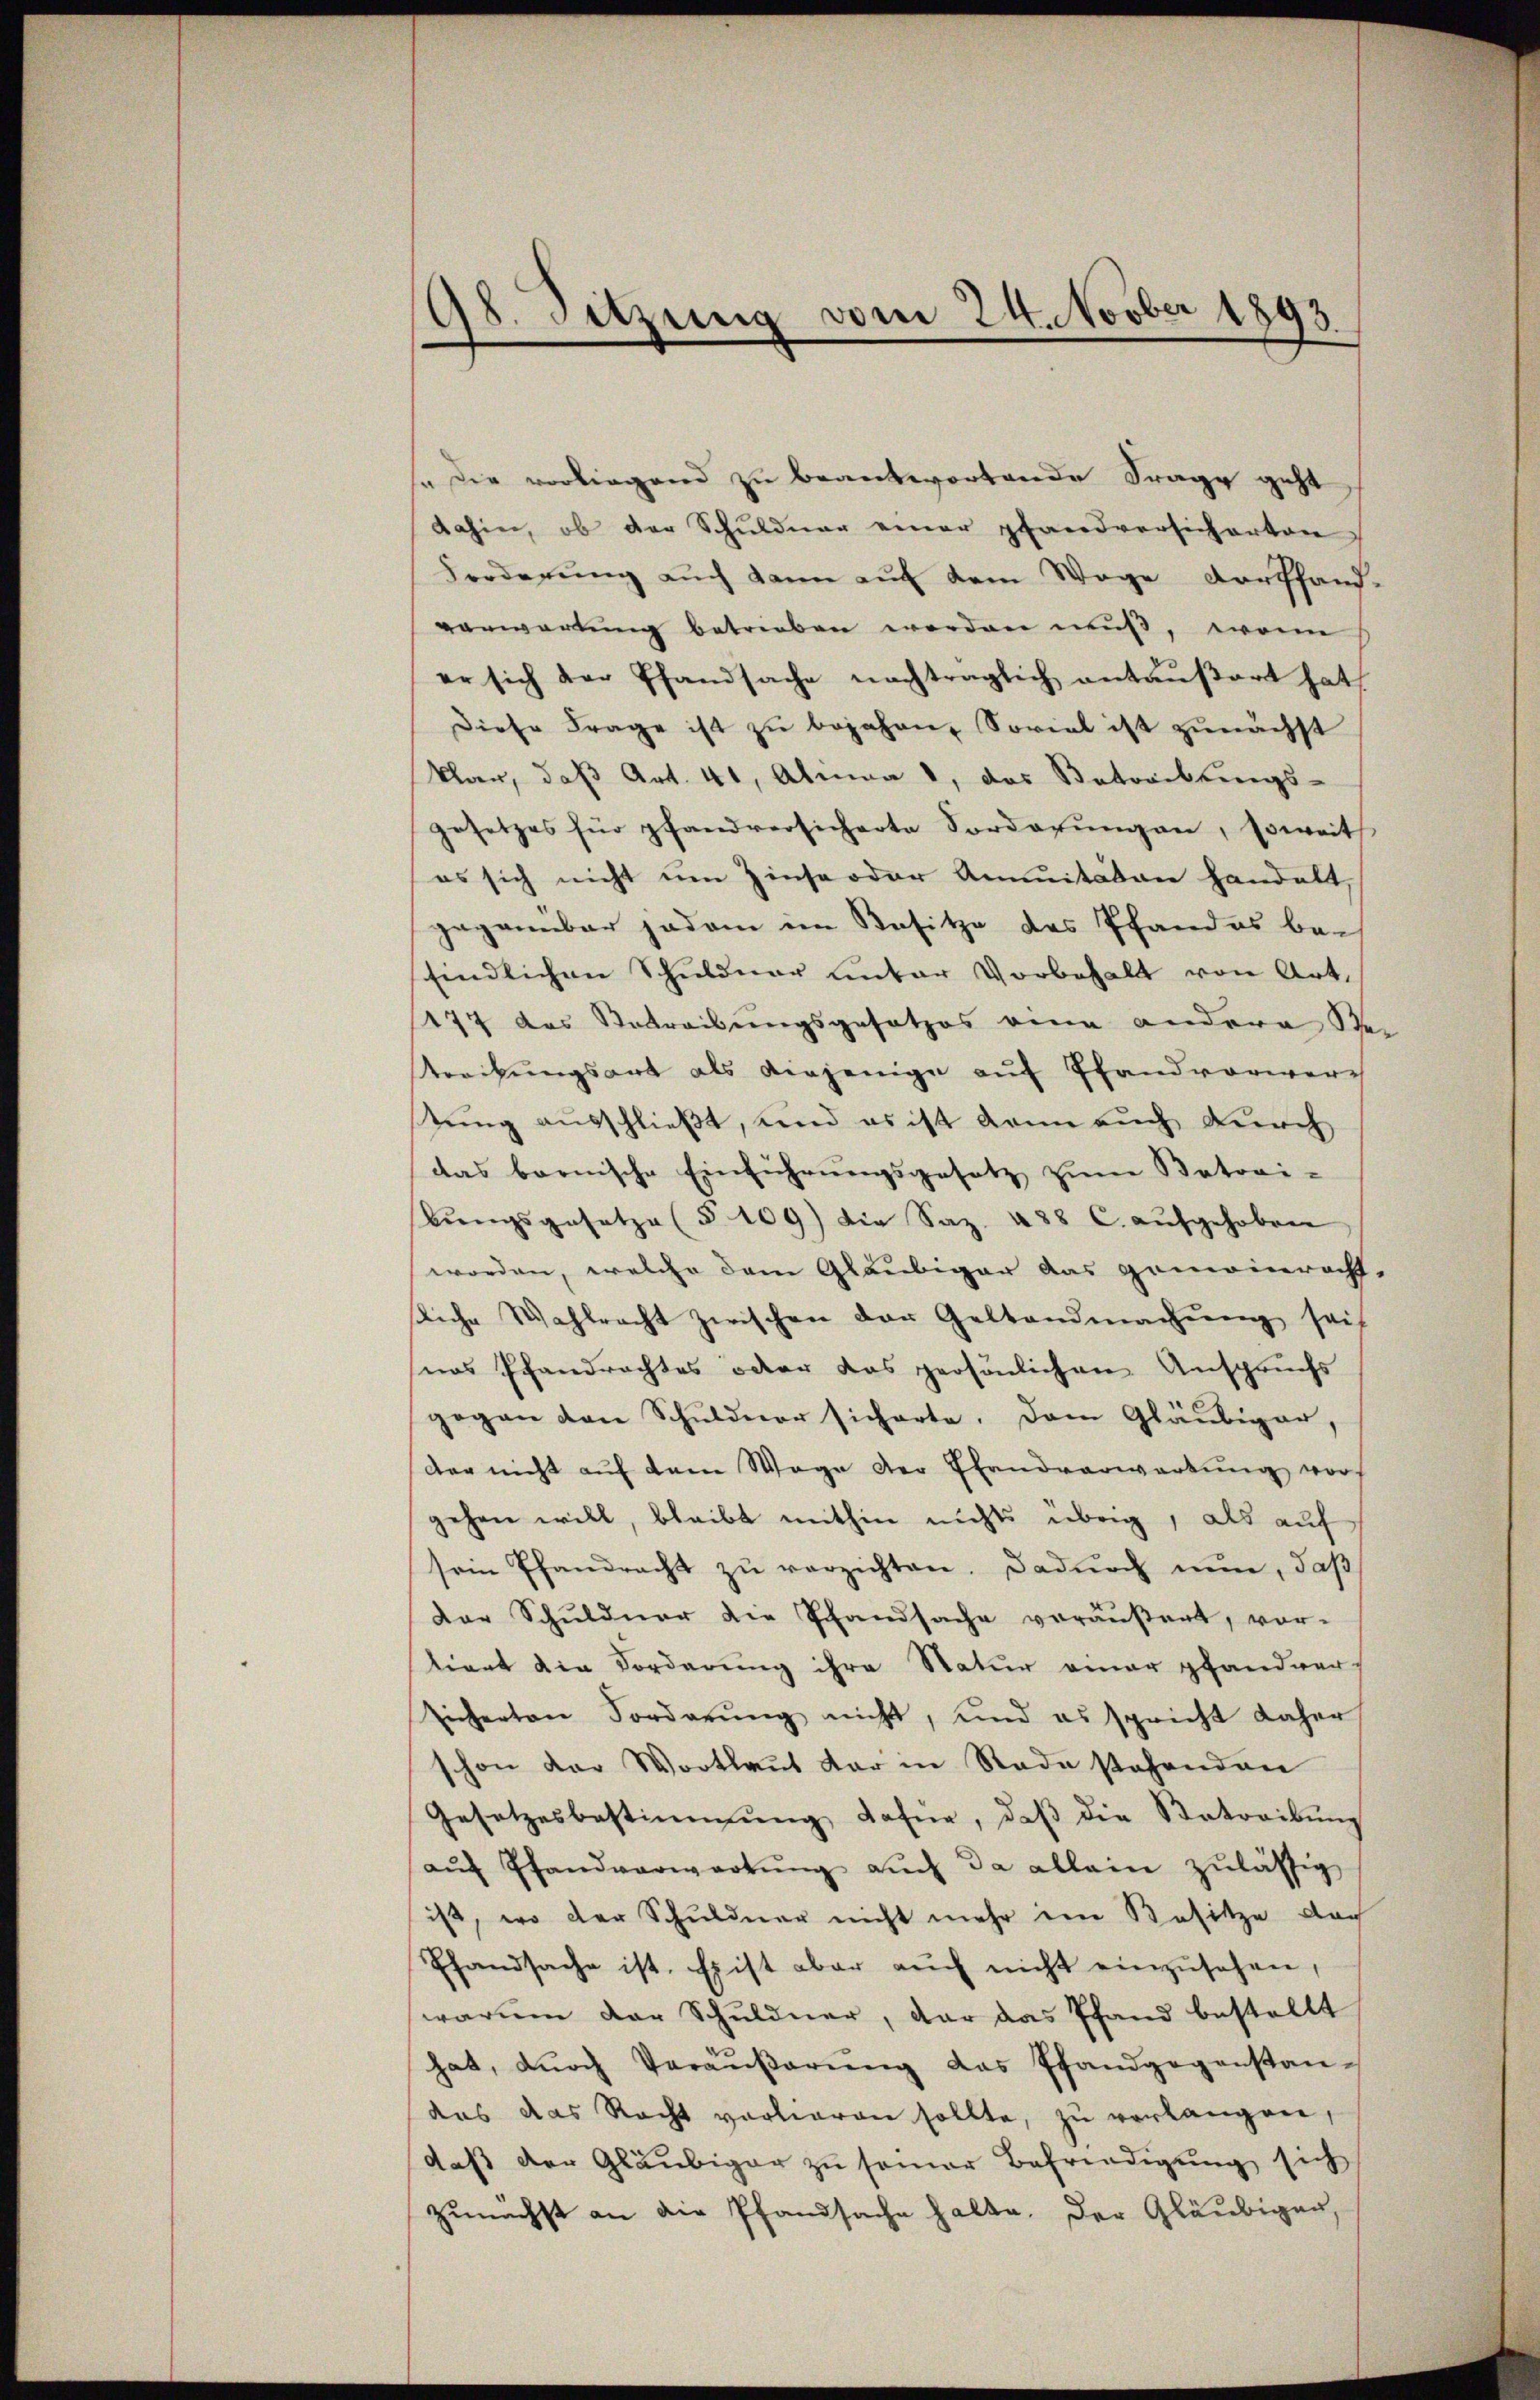
98. Sitzung vom 24. Novber 1893

s die vorliegend zu beantwortende Frage geht
dahin, ob der Schuldner einer pfandversicherten
Forderung auch kann auf dem Wege Dortfand-
vorwartung betrieben werden muß, wenn
er sich der Pfandsache nachträglich antaŭβert hat,
diese Frage ist zŭ bejahen. Soviel ist zunächst
klar, daß Art. 41, Abmaa 1, das Betreibungs-
gesetzes für pfandversicherte Vorderungen, soweit
es sich nicht um Zinse oder Annuitäten handelt
gegenüber jedem im Besitze des Pfandes bei
findlichen Schuldner unter Vorbehalt von Art.
177 das Betreibungsgesetzes eine andere Se
treibŭngsart als diejenige auf Pfandvorwer
stung ausschließt, und es ist dann auch durch
das bernische Einführŭngsgesetz zŭm Batori-
biegsgesetze (§ 109) die Saz. 488 C. aŭfgehoben
worden, welche dem Gläubiger das gemeinricht-
sliche Wahlrecht zwischen der Gestandmachŭng seit
nas Pfandrachtes oder das persönlichen Anspruchs
gegen den Schuldner sicherte. Dem Gläubiger,
der nicht aŭf dem Wege der Handverwartung vor-
gehen will, bleibt mithin nichts übrig, als auf
sein Pfandracht zŭ verzichten. Dadurch nun, daß
Der Schuldner die Pfandsache veräußert, vor-
tiert die Forderung ihre Natur einer pfandver-
Eichenten Forderŭng nicht, und es spricht daher
schon der Wortlaut der in Rade stehenden
Gesetzesbestimmung dahne, daβ die Betreibŭng
aŭf Pfandverwartŭng aŭch da allein zŭlässig
ist, wo der Schuldner nicht mehr im Besitze doch
handsache ist. Es ist aber aŭch nicht einzŭsehen,
warum der Schuldner, der das Pfand bestellt
hat, dŭrch Veräŭβerŭng das Pfandgegenstan-
das das Recht vorlieren sollte, zu verlangen,
daß der Gläubiger zu seiner Befriedigung sich
zunächst an die Pfandsache halte. Der Gläubigen,